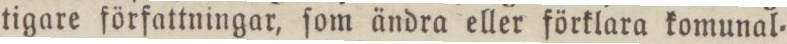
tigare författningar, ſom ändra eller förklara komunal=